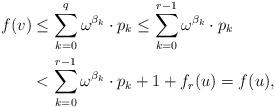
LaTeX: \begin{align*} f(v) &\le \sum_{k=0}^q \omega^{\beta_k} \cdot p_k \le \sum_{k=0}^{r-1} \omega^{\beta_k} \cdot p_k \\ &< \sum_{k=0}^{r-1} \omega^{\beta_k} \cdot p_k +1 + f_r(u) = f(u),\end{align*}